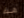
هذه